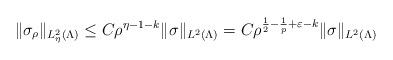
LaTeX: \begin{align*}\|\sigma_\rho\|_{L_{\eta}^2(\Lambda)}\le C\rho^{\eta-1-k}\|\sigma\|_{L^2(\Lambda)} = C\rho^{\frac{1}{2}-\frac{1}{p}+\varepsilon-k}\|\sigma\|_{L^2(\Lambda)}\end{align*}